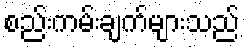
စည်းကမ်းချက်များသည်